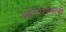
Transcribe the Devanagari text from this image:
ज्योतिषशास्त्राची